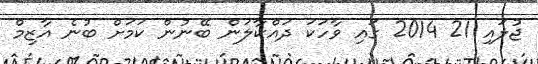
ޖުލައި 21 2014 ގައި ވާހަކަ ދައްކާލަން ބޭނުން ކަމަށް ބުނެ އާޒިމް